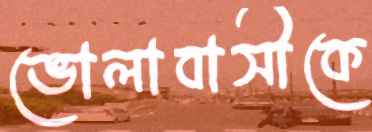
ভোলাবাসীকে